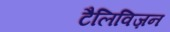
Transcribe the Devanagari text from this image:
टैलिविज़न